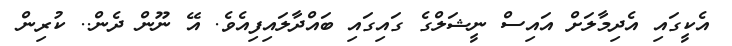
އެކީގައި އެދިމާލަށް އައިސް ނީޝަލްގެ ގައިގައި ބައްދާލައިފިއެވެ. އޭ ނޫން ދެން.. ކުރިން